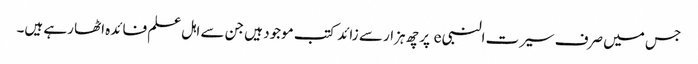
جس میں صرف سیرت النبی e پر چھ ہزار سے زائد کتب موجود ہیں جن سے اہل علم فائدہ اٹھا رہے ہیں۔